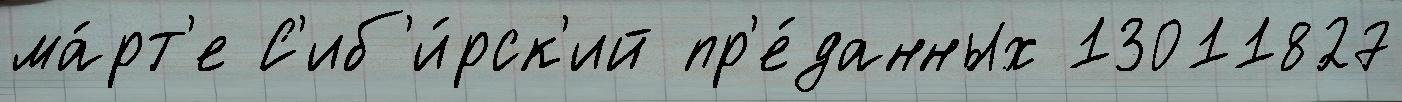
ма́рт'е С'иб'и́рск'ий пр'е́данных 13011827